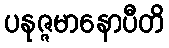
ပနုဇ္ဇမာနောပီတိ